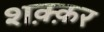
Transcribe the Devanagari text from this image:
शक़्क़र